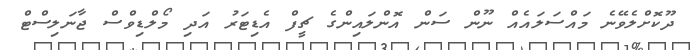
ދޫކޮށްލެވޭނެ މައްސަލައެއް ނޫން ސަން އޮންލައިންގެ ޗީފް އެޑިޓަރު އަދި މޯލްޑިވްސް ޖާނަލިސްޓް